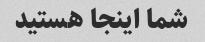
شما اینجا هستید